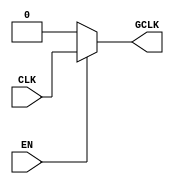
module static_clock_gating (
    input wire CLK,      // Primary clock signal
    input wire EN,       // Enable signal
    output wire GCLK     // Gated clock output
);

// Gating logic
assign GCLK = EN ? CLK : 1'b0; // If EN is high, pass CLK; otherwise, output 0

endmodule